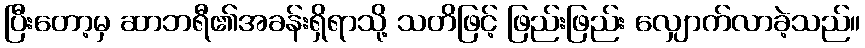
ပြီးတော့မှ ဆာဘရီ၏အခန်းရှိရာသို့ သတိဖြင့် ဖြည်းဖြည်း လျှောက်လာခဲ့သည်။